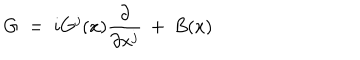
LaTeX: G \; = \; i G ^ { j } ( x ) \frac { \partial } { \partial x ^ { j } } \: + \: B ( x )